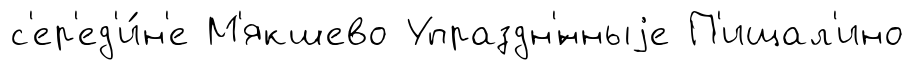
с'ер'ед'и́н'е М'якшево Упраздн'́нныjе П'ищал'ино